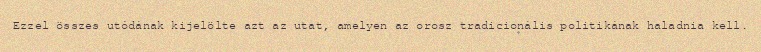
Ezzel összes utódának kijelölte azt az utat, amelyen az orosz tradicionális politikának haladnia kell.